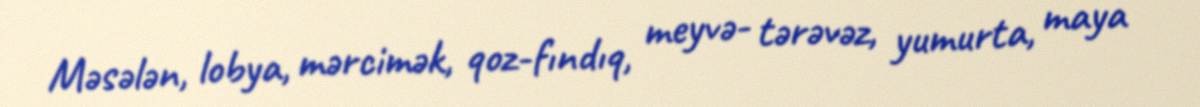
Məsələn, lobya, mərcimək, qoz-fındıq, meyvə- tərəvəz, yumurta, maya